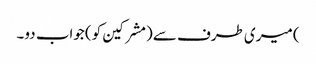
) میری طرف سے (مشرکین کو) جواب دو۔